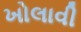
ખોલાવી